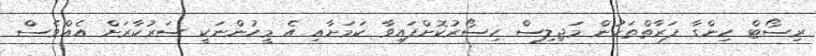
ރިސޯޓް ހިންގާ ފަރާތްތަކުން މަޖިލިސް ހިސޯރުކޮށްފައިވާ ކަމަށާއި އެ މީހުންނަކީ ސަރުކާރަށް އެއްވެސް